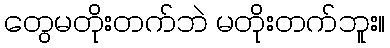
တွေမတိုးတက်ဘဲ မတိုးတက်ဘူး။